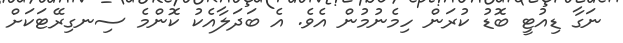
ނަގާ ޑިއުޓީ ބޮޑު ކުރަން ހިމެނުމުން އެވެ. އެ ބަދަލާއެކު ކޮންމެ ސިނގިރޭޓަކަށް